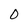
Character: 0